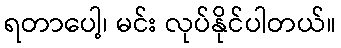
ရတာပေါ့၊ မင်း လုပ်နိုင်ပါတယ်။